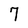
Character: 7